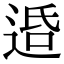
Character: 𨓈